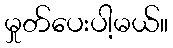
မှုတ်ပေးပါ့မယ်။